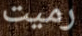
رميت